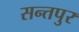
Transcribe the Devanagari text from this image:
सन्तपुर